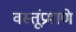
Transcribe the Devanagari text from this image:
वस्तूंप्रमाणे